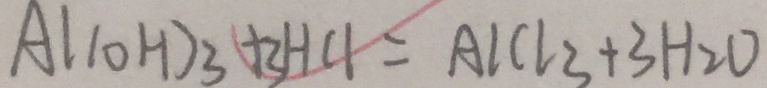
A ( 1 0 H ) _ { 3 } + 3 H C l = A C l _ { 3 } + 3 H _ { 2 } O